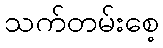
သက်တမ်းစေ့